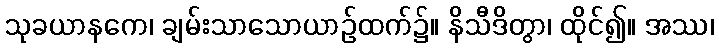
သုခယာနကေ၊ ချမ်းသာသောယာဉ်ထက်၌။ နိသီဒိတွာ၊ ထိုင်၍။ အဿ၊